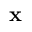
\mathbf { x }